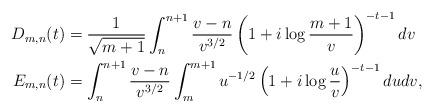
LaTeX: \begin{align*}D_{m,n}(t) &= \frac{1}{\sqrt{m+1}} \int_n^{n+1} \frac{v-n}{v^{3/2}} \left(1+i\log\frac{m+1}{v}\right)^{-t-1} dv \\E_{m,n}(t) &= \int_n^{n+1} \frac{v-n}{v^{3/2}} \int_m^{m+1} u^{-1/2} \left(1+i\log\frac{u}{v}\right)^{-t-1} dudv,\end{align*}